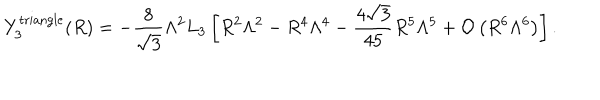
Y _ { 3 } ^ { \mathrm { t r i a n g l e } } ( R ) = - \frac { 8 } { \sqrt 3 } \Lambda ^ { 2 } L _ { 3 } \left[ R ^ { 2 } \Lambda ^ { 2 } - R ^ { 4 } \Lambda ^ { 4 } - \frac { 4 \sqrt 3 } { 4 5 } R ^ { 5 } \Lambda ^ { 5 } + { \cal O } \left( R ^ { 6 } \Lambda ^ { 6 } \right) \right] .